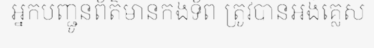
អ្នកបញ្ជូនព័ត៌មានកងទ័ព ត្រូវបានអង់គ្លេស